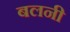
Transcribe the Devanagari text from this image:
बलनी